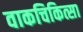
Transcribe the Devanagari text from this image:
वाकचिकित्सा